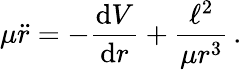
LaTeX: \mu{\ddot{r}}=-{\frac{\mathrm{d}V}{\mathrm{d}r}}+{\frac{\ell^{2}}{\mu r^{3}}}\, .